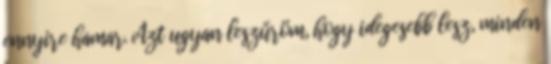
ennyire hamar. Azt ugyan leszűröm, hogy idegesebb lesz, minden